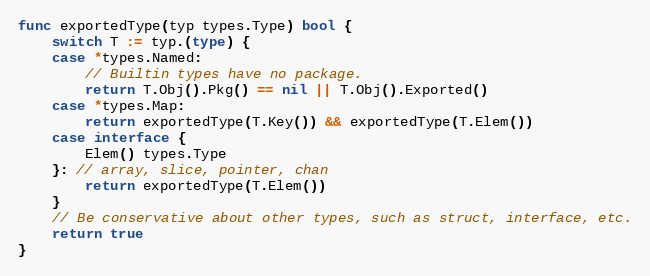
Language: Go
func exportedType(typ types.Type) bool {
	switch T := typ.(type) {
	case *types.Named:
		// Builtin types have no package.
		return T.Obj().Pkg() == nil || T.Obj().Exported()
	case *types.Map:
		return exportedType(T.Key()) && exportedType(T.Elem())
	case interface {
		Elem() types.Type
	}: // array, slice, pointer, chan
		return exportedType(T.Elem())
	}
	// Be conservative about other types, such as struct, interface, etc.
	return true
}